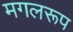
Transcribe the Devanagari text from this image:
मगलरूप